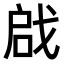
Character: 𠶶